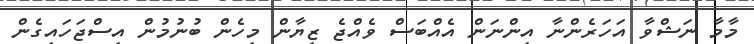
މާމާ ނަޝްވާ އަހަރެންނާ އިންނަން އެއްބަސް ވެއްޖެ ޒިޔާން މިހެން ބުނުމުން އިސްޖަހައިގެން